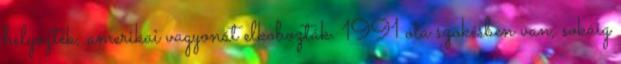
helyezték, amerikai vagyonát elkobozták. 1991 óta szökésben van, sokáig